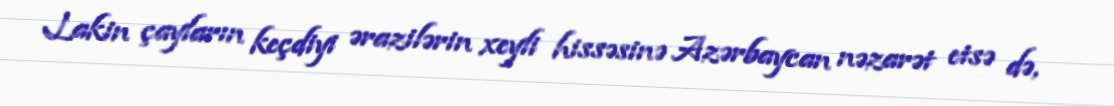
Lakin çayların keçdiyi ərazilərin xeyli hissəsinə Azərbaycan nəzarət etsə də,